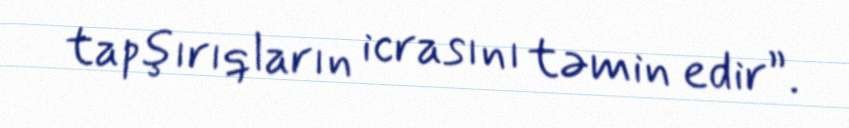
tapşırıqların icrasını təmin edir”.